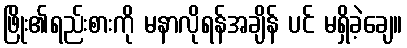
ဖြိုး၏ရည်းစားကို မနာလိုရန်အချိန် ပင် မရှိခဲ့ချေ။